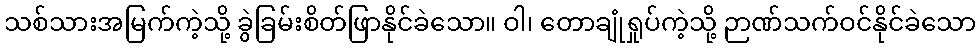
သစ်သားအမြက်ကဲ့သို့ ခွဲခြမ်းစိတ်ဖြာနိုင်ခဲသော။ ဝါ၊ တောချုံရှုပ်ကဲ့သို့ ဉာဏ်သက်ဝင်နိုင်ခဲသော